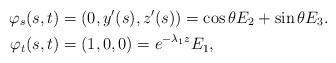
LaTeX: \begin{align*}\varphi_s(s,t)&=(0,y'(s),z'(s))=\cos \theta E_2 + \sin \theta E_3. \\\varphi_t(s,t)&=(1,0,0)=e^{-\lambda_1 z} E_1,\end{align*}